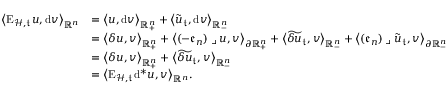
\begin{array} { r l } { \big \langle \mathrm { E } _ { \mathcal { H } , \mathfrak { t } } u , \mathrm { d } v \big \rangle _ { \mathbb { R } ^ { n } } } & { = \big \langle u , \mathrm { d } v \big \rangle _ { \mathbb { R } _ { + } ^ { n } } + \big \langle \tilde { u } _ { \mathfrak { t } } , \mathrm { d } v \big \rangle _ { \mathbb { R } _ { - } ^ { n } } } \\ & { = \big \langle \delta u , v \big \rangle _ { \mathbb { R } _ { + } ^ { n } } + \big \langle ( - \mathfrak { e } _ { n } ) \mathbin { \lrcorner } u , v \big \rangle _ { \partial \mathbb { R } _ { + } ^ { n } } + \big \langle \widetilde { \delta u } _ { \mathfrak { t } } , v \big \rangle _ { \mathbb { R } _ { - } ^ { n } } + \big \langle ( \mathfrak { e } _ { n } ) \mathbin { \lrcorner } \tilde { u } _ { \mathfrak { t } } , v \big \rangle _ { \partial \mathbb { R } _ { - } ^ { n } } } \\ & { = \big \langle \delta u , v \big \rangle _ { \mathbb { R } _ { + } ^ { n } } + \big \langle \widetilde { \delta u } _ { \mathfrak { t } } , v \big \rangle _ { \mathbb { R } _ { - } ^ { n } } } \\ & { = \big \langle \mathrm { E } _ { \mathcal { H } , \mathfrak { t } } \mathrm { d } ^ { \ast } u , v \big \rangle _ { \mathbb { R } ^ { n } } \mathrm { . } } \end{array}